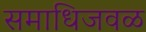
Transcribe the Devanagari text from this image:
समाधिजवळ